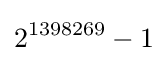
2^{1398269}-1